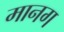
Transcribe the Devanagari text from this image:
मानग